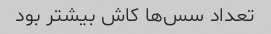
تعداد سس‌ها کاش بیشتر بود